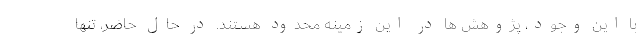
با این وجود، پژوهش ها در این زمینه محدود هستند. در حال حاضر، تنها